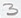
Text: 3